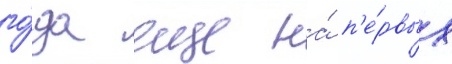
го́да еще на́ п'е́рвых